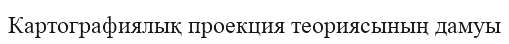
Картографиялық проекция теориясының дамуы